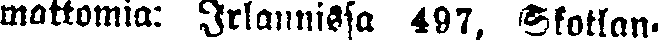
mattomia: Irlannissa 497, Skotlan-